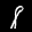
Label: 8